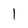
Character: 1